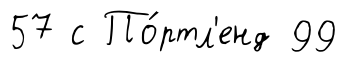
57 с По́ртл'енд 99